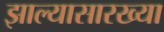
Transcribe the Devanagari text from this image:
झाल्यासारख्या